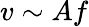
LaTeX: v\sim Af